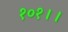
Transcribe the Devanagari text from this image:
१०१।।